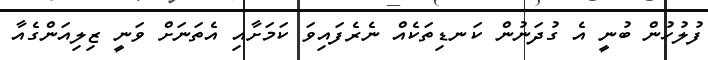
ފުލުހުން ބުނީ އެ ގުދަނުން ކަނޑިތަކެއް ނެރެފައިވަ ކަމަށާއި އެތަނަށް ވަނީ ޒިލިއަންގެއާ